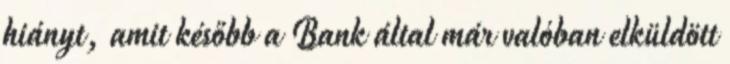
hiányt, amit később a Bank által már valóban elküldött